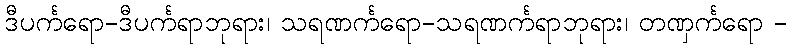
ဒီပင်္ကရော-ဒီပင်္ကရာဘုရား၊ သရဏင်္ကရော-သရဏင်္ကရာဘုရား၊ တဏှင်္ကရော -